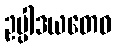
ဥပ္ပါဒယတေဝ